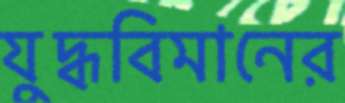
যুদ্ধবিমানের